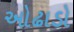
ઓઢાડો